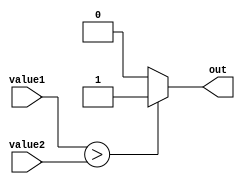
module GreaterThanComparator (
    input [7:0] value1,
    input [7:0] value2,
    output reg out
);

always @(*) begin
    if (value1 > value2) begin
        out = 1;
    end else begin
        out = 0;
    end
end

endmodule